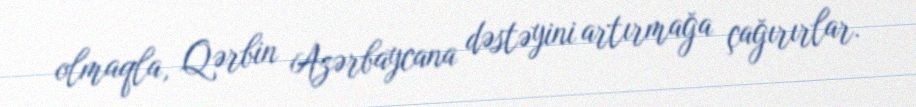
olmaqla, Qərbin Azərbaycana dəstəyini artırmağa çağırırlar.